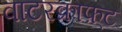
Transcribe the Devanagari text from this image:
वाटरक्राफ़्ट